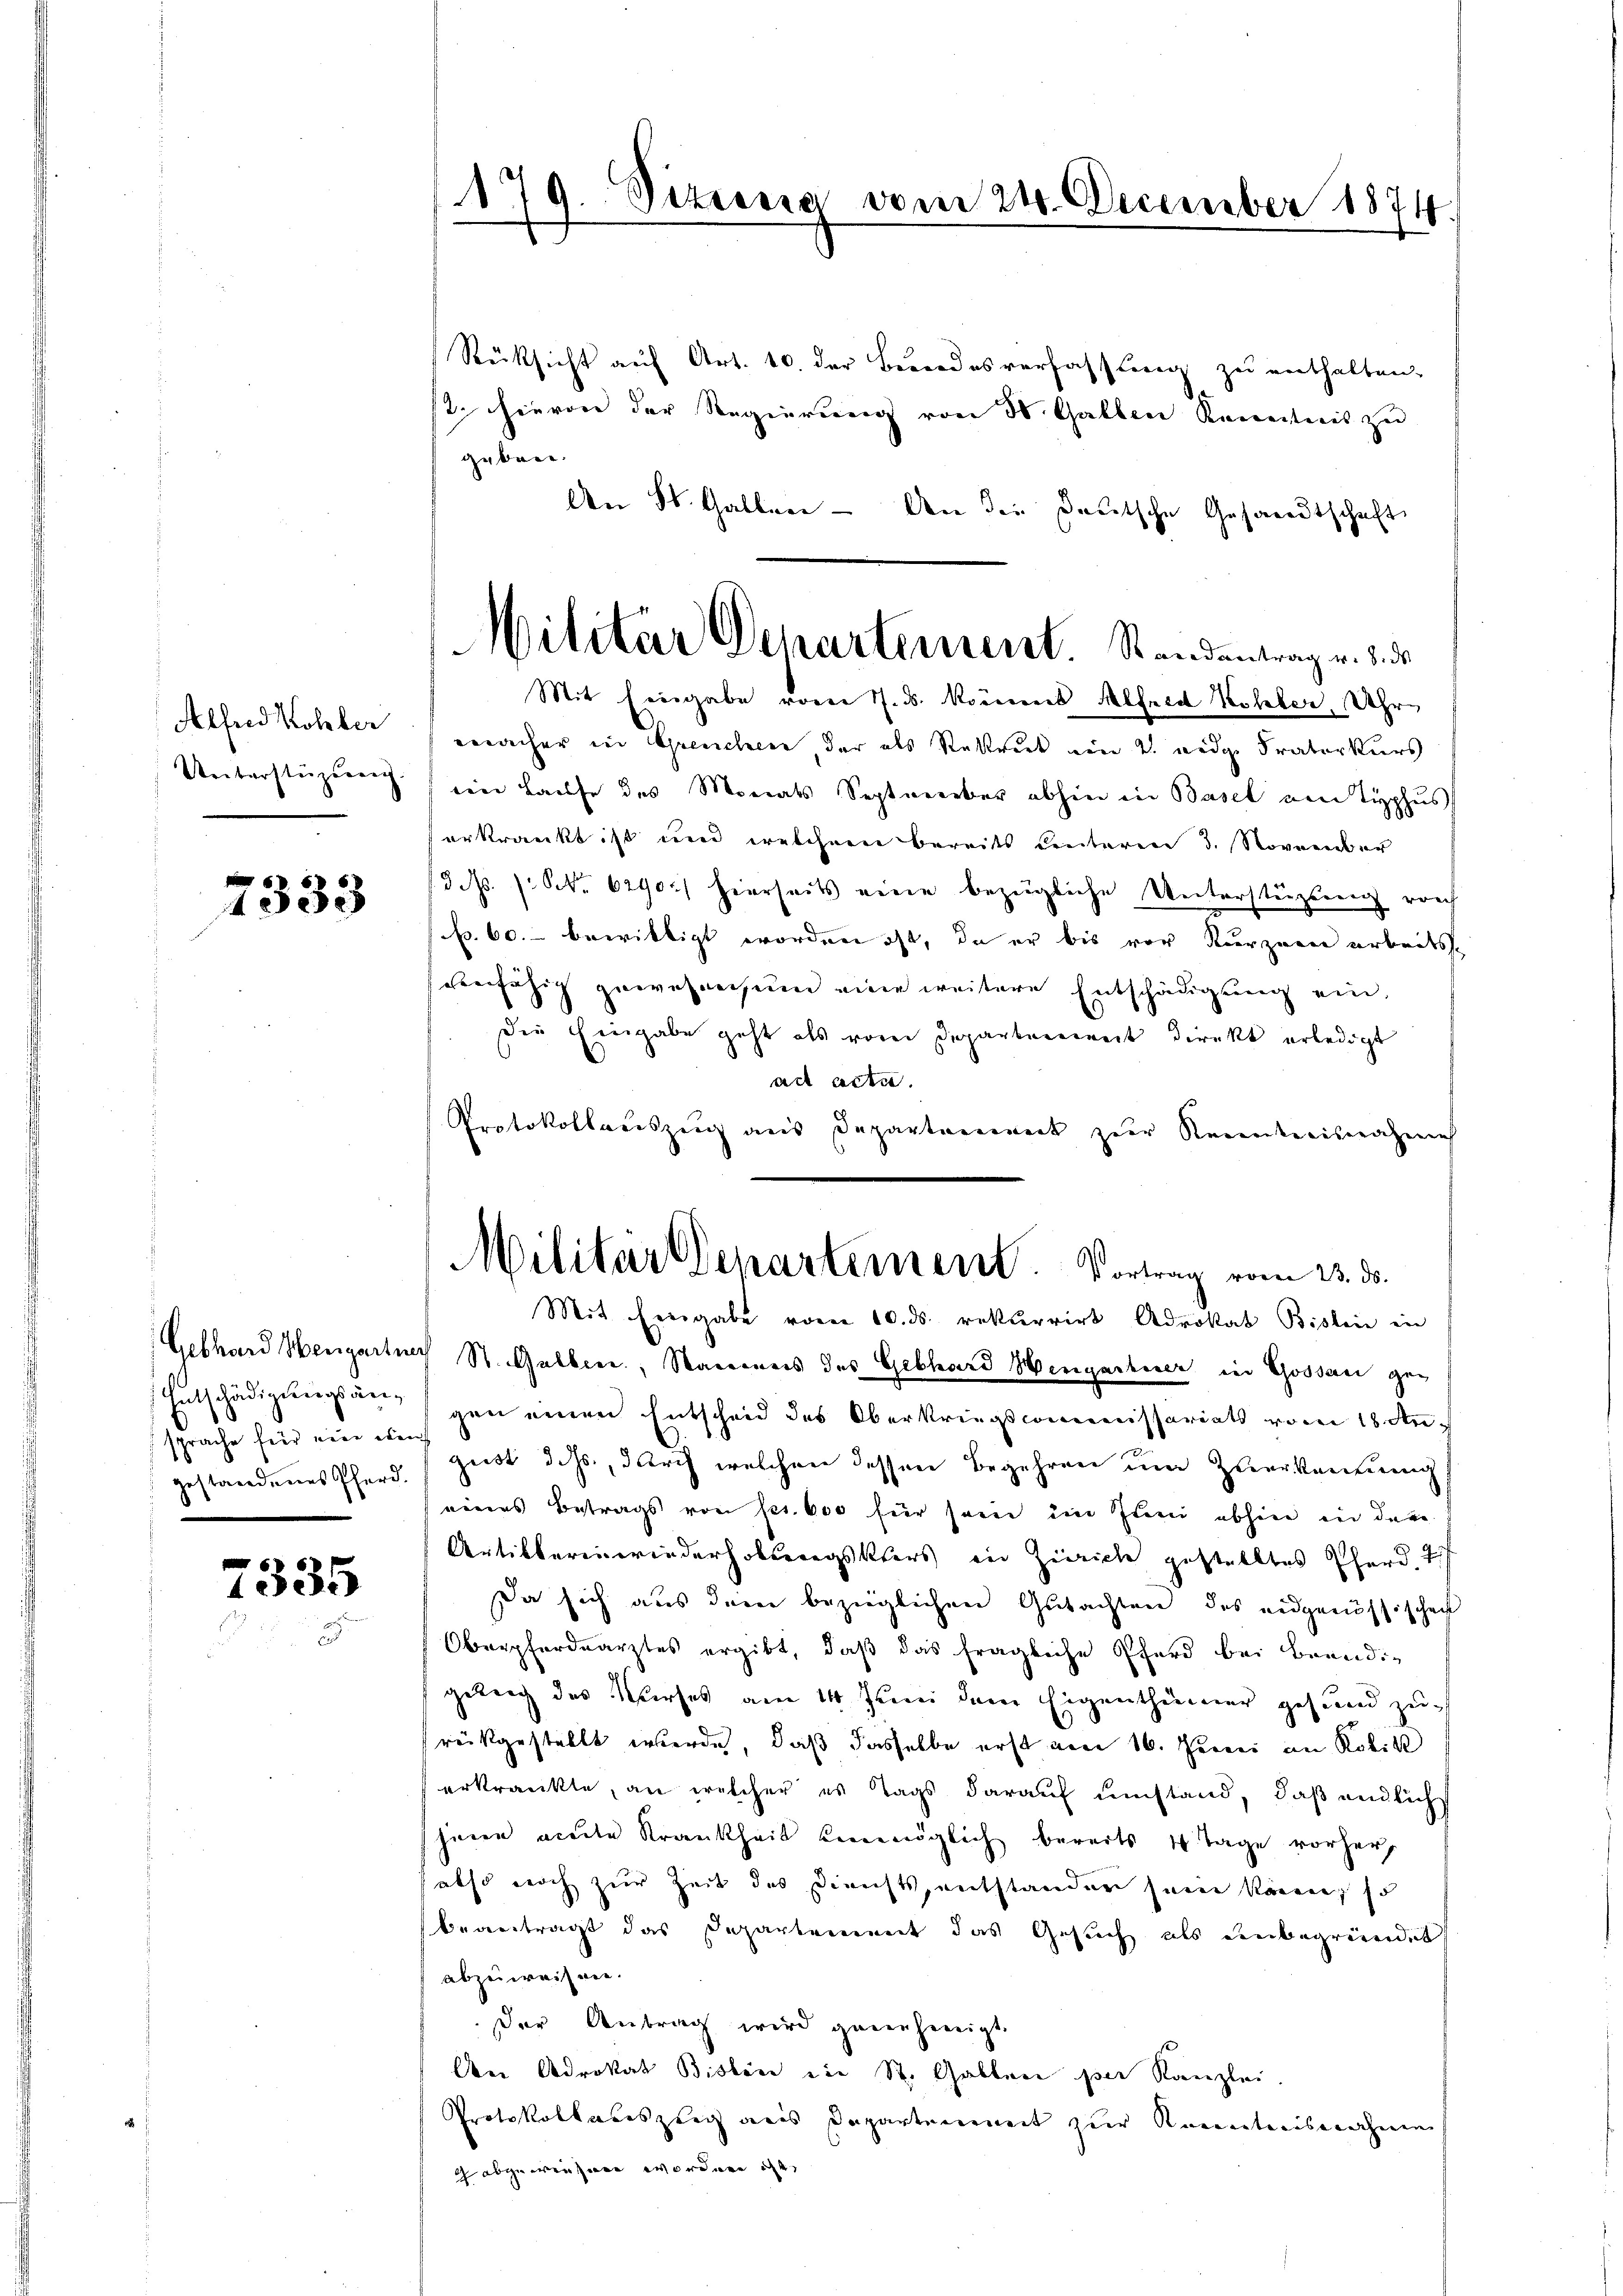
Alfred Kohler
Unterstüzung

7333

Entschädigungsän¬
¬
sprache für eine eben
gestandenes Pferd.

7335

1t 9. Siziena vom 24. December 1874.

Militar Departement. Standentrag v. 3. d.

Rücksicht auf Art. 10. der Besondesverfassung zu enthalten.
2. hievon der Regierung von 50. Gallen Revertreis zu
geben.
An St. Galler - den die Deutsche Gesandtschaft
Mit Eingabe vom 7. ds. kommens Alfred Kohler, Uhr
ercher in Grenchen, der als Stattreit ein 2. weige Fraterkurs
ein Hause des Monats Septmerber abhin in Basel am Typhus
erkrankt ist und welchem bereits unteren 3. November
3 N. 1. No. 6290) hierseits eine bezügliche Unterstüzung reich
p. 60. bewilligt worden ist, da er bis vor Kurzen arbeitsverfähig gewesensum eine weitere Entschädigung ein,
die Eingabe geht als vom Departenweit Direkt erledigt
ad acta.
Protokollaciszeich aus Departenwert zur Recenticisnahme
Militar Departement. Vortrag vom 23. ds.
Mit Eingabe vom 10. ds. rekurrirt Advokat Bislein in
Gebhard Hengartner St. Galber, Naumes des Gebhard Hengartner in Gossau gegen einen Entscheid des Oberkriegscommissariats vom 18. Angust dchs, durch welchen dessen Begehren um Zuerkennung
eines Betrags von ser. 600 für sein im Juni abhin in der
Artiklerinwiederhobengsklers in Zürich gestelltes Pferd. 7.
Da sich aus dem bezüglichen Gutachten des eidgenössischen
Oberpferdearztes ergibt, daß das fragliche Pferd bei Brandigung des Kurses am 14. Juni dem Eigenthümer gesund zu-
rückgestellt werde, daß dasselbe erst am 16. Junii im Kolik
erkrankte, an welcher es Tags darauf umstand, daß endlich
jenen acte Krankheit einmöglich bereits 1 Tage vorher
also noch zur Zeit des Diensts, entstander sein können, so
beantragt das Departement das Gesuch als einbegründet
abzuweisen.
der Antrag wird genehmigt.
An Adrokat Biolen ein St. Gallen per Kanzlei.
Protokollaueszeig aus Departement zur Kenntnisnahmen
ch abgewieseren worden ist